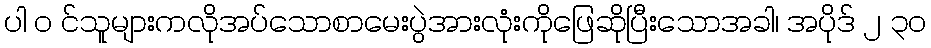
ပါ ၀ င်သူများကလိုအပ်သောစာမေးပွဲအားလုံးကိုဖြေဆိုပြီးသောအခါ၊ အပိုဒ် ၂ ၃၀